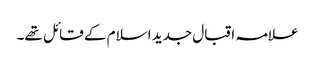
علامہ اقبال جدید اسلام کے قائل تھے۔